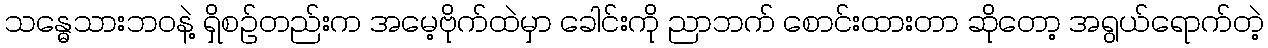
သန္ဓေသားဘဝနဲ့ ရှိစဉ်တည်းက အမေ့ဗိုက်ထဲမှာ ခေါင်းကို ညာဘက် စောင်းထားတာ ဆိုတော့ အရွယ်ရောက်တဲ့